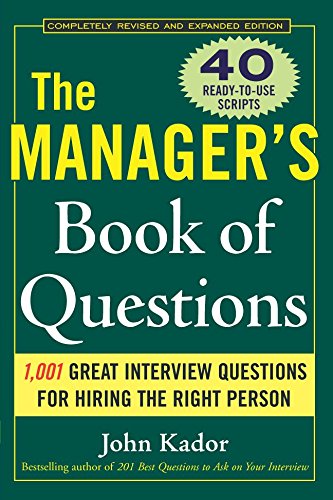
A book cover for The Manager's Book of Questions: 1001 Great Interview Questions for Hiring the Best Person; John Kador; Business & Money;